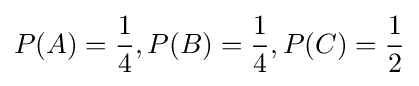
P(A)={\frac {1}{4}},P(B)={\frac {1}{4}},P(C)={\frac {1}{2}}